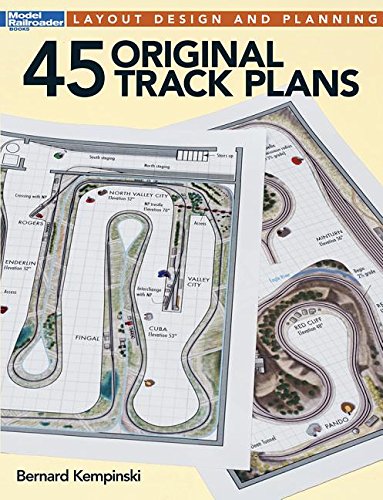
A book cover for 45 Original Track Plans (Model Railroader); Bernard Kempinski; Crafts, Hobbies & Home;